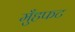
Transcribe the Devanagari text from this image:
मुँहफट